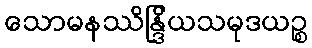
သောမနဿိန္ဒြိယသမုဒယဉ္စ